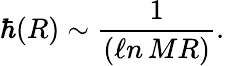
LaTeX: \hbar(R)\sim\frac{1}{(\ell n\, MR)}.